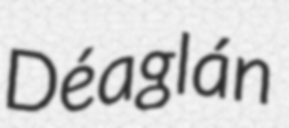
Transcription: Déaglán